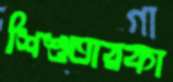
শিশুতারকা